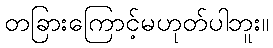
တခြားကြောင့်မဟုတ်ပါဘူး။